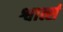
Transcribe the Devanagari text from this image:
श्वार्त्स